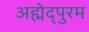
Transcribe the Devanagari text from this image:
अह्मेद्पुरम